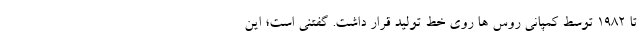
تا 1982 توسط کمپانی روس ها روی خط تولید قرار داشت. گفتنی است؛ این